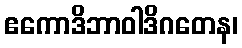
ဧကောဒိဘာဝါဒိဂတေန၊